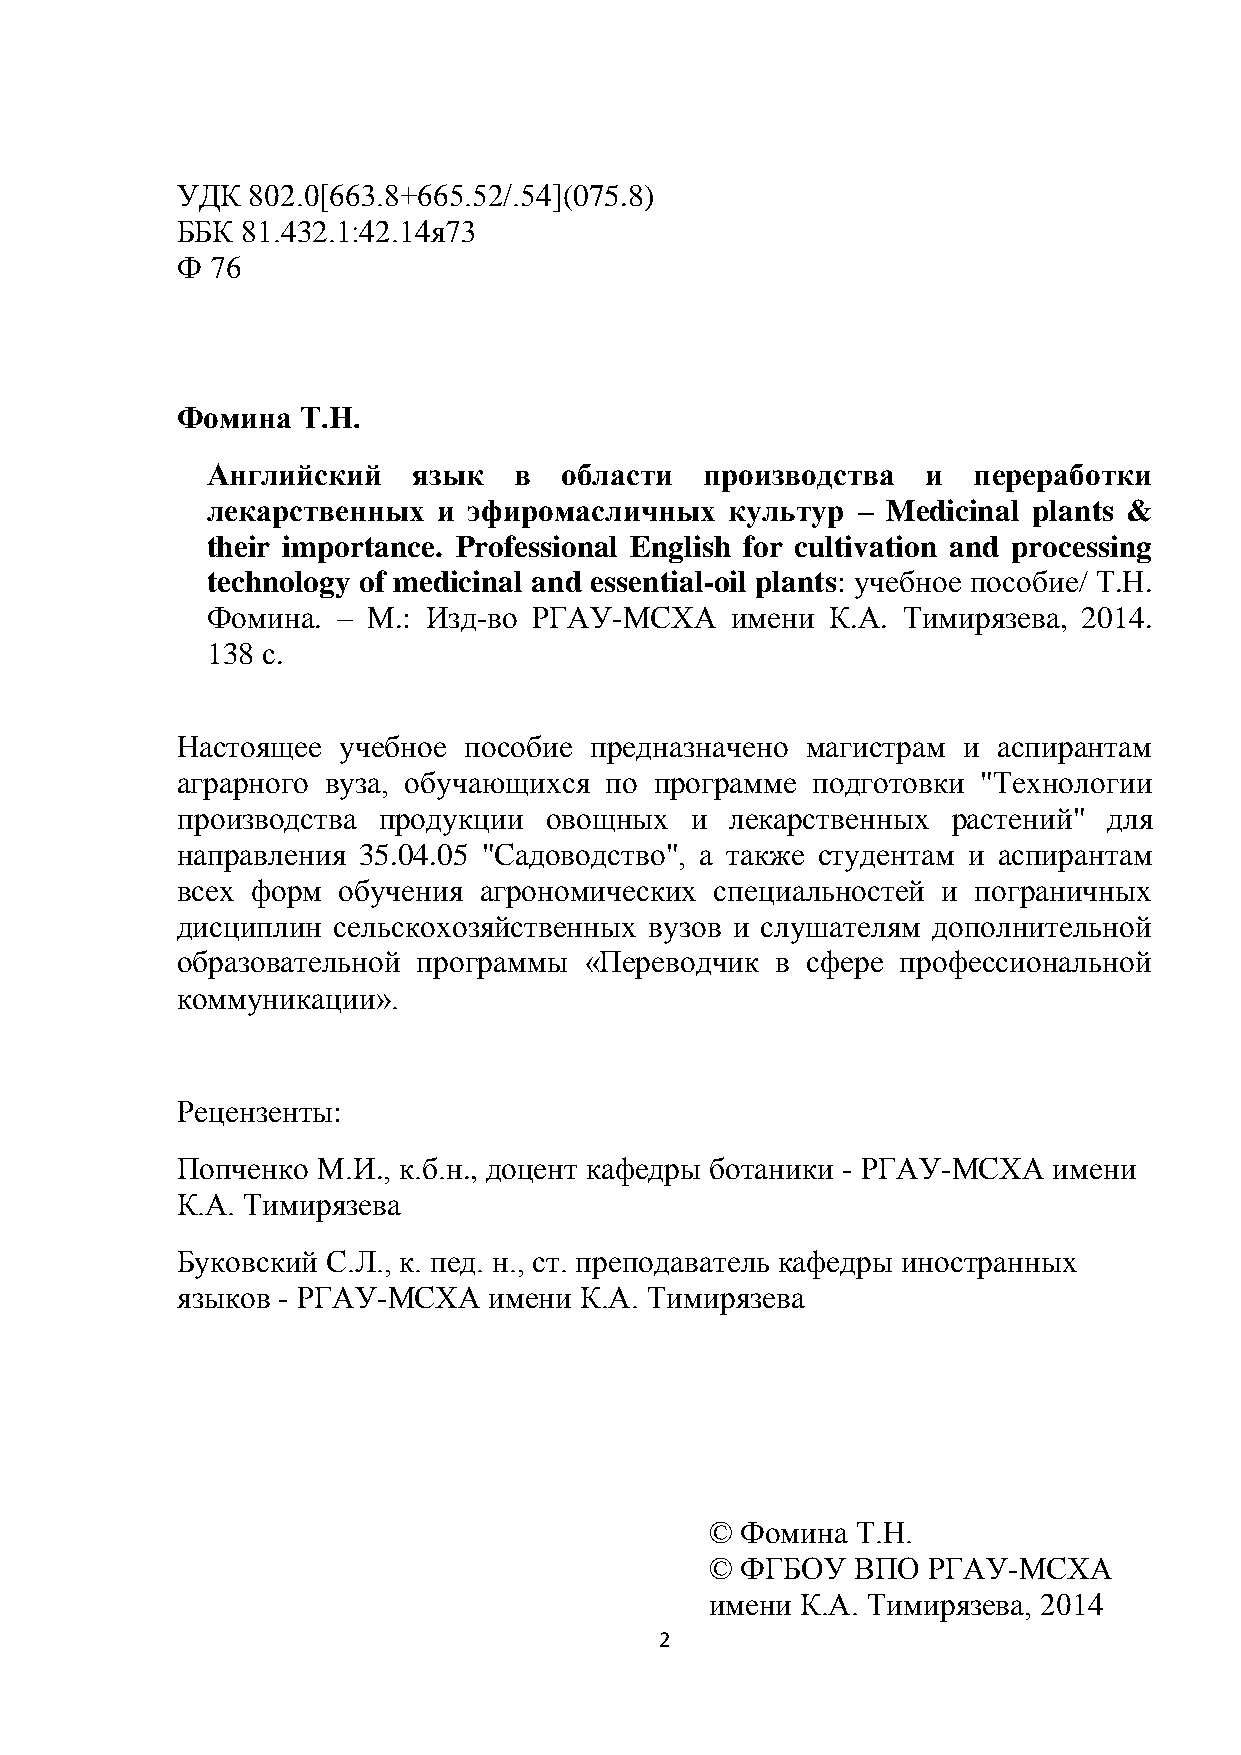
УДК  802.0[663.8+665.52/.54](075.8)
 ББК 81.432.1:42.14я73
 Ф 76
 Фомина  Т.Н.
 Английский   язык   в  области   производства  и  переработки
 лекарственных  и эфиромасличных   культур  – Medicinal plants &
 their importance. Professional English for cultivation and processing
 technology of medicinal and essential-oil plants: учебное пособие/ Т.Н.
 Фомина. – М.: Изд-во РГАУ-МСХА    имени  К.А. Тимирязева, 2014.
 138 с.
 Настоящее  учебное пособие предназначено магистрам  и аспирантам
 аграрного вуза, обучающихся по программе  подготовки "Технологии
 производства продукции  овощных   и лекарственных  растений" для
 направления 35.04.05 "Садоводство", а также студентам и аспирантам
 всех форм обучения  агрономических специальностей и  пограничных
 дисциплин сельскохозяйственных вузов и слушателям дополнительной
 образовательной программы  «Переводчик в сфере  профессиональной
 коммуникации».
 Рецензенты:
 Попченко М.И., к.б.н., доцент кафедры ботаники - РГАУ-МСХА имени
 К.А. Тимирязева
 Буковский С.Л., к. пед. н., ст. преподаватель кафедры иностранных
 языков - РГАУ-МСХА  имени К.А. Тимирязева
 © Фомина  Т.Н.
 © ФГБОУ   ВПО РГАУ-МСХА
 имени К.А. Тимирязева, 2014
 2